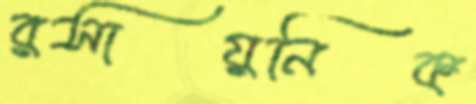
রসায়নিক